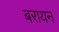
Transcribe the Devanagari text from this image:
बरायन